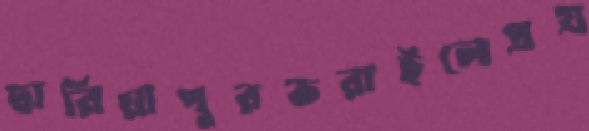
দ্বারিয়াপুরভরাইলেপ্রগ্র